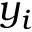
y _ { i }